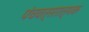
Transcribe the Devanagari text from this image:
पंचवत्सरात्मक